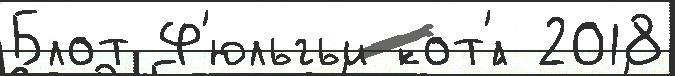
Блот Ф'юльгьи кот'́л 2018